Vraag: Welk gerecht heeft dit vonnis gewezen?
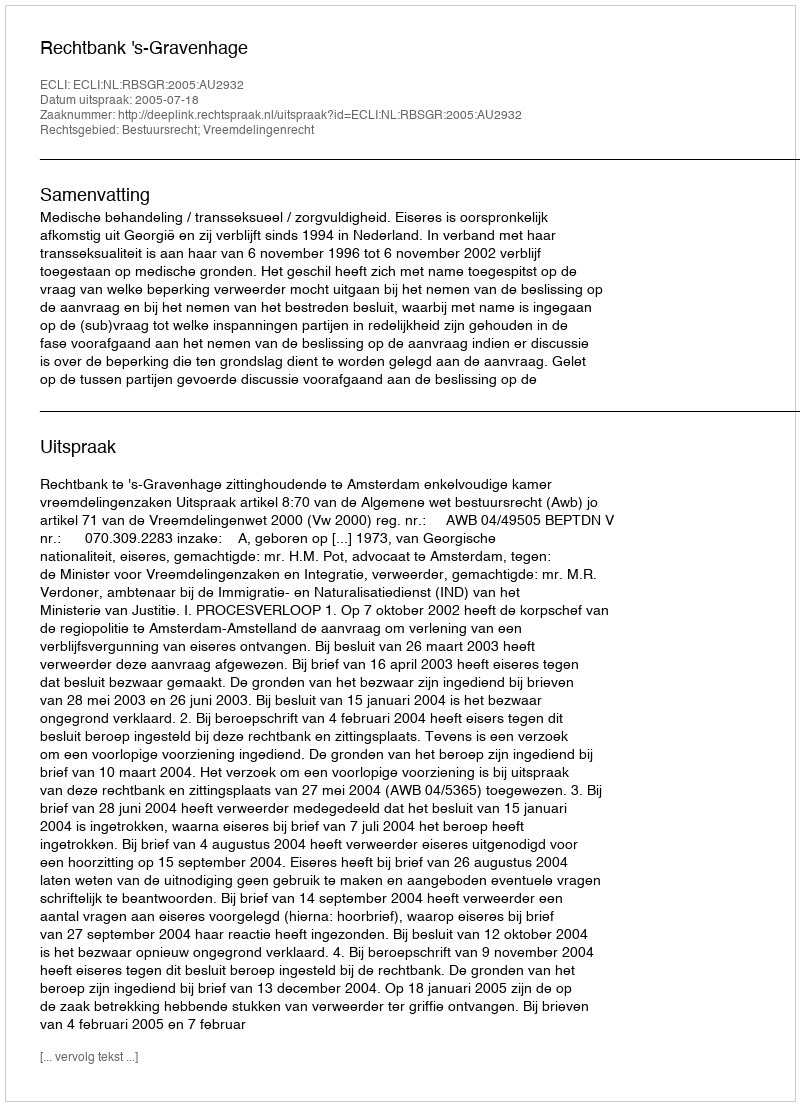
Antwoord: Rechtbank 's-Gravenhage